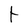
Character: t